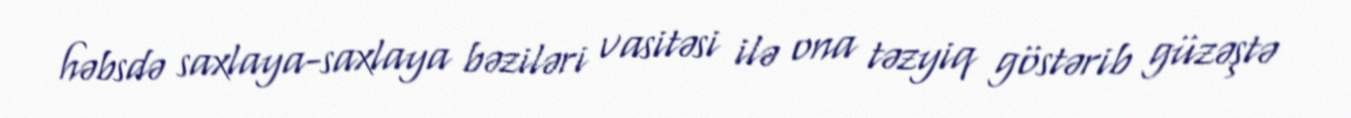
həbsdə saxlaya-saxlaya bəziləri vasitəsi ilə ona təzyiq göstərib güzəştə